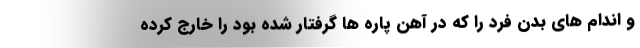
و اندام های بدن فرد را که در آهن پاره ها گرفتار شده بود را خارج کرده